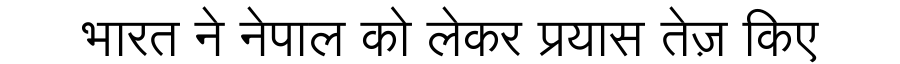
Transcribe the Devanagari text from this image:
भारत ने नेपाल को लेकर प्रयास तेज़ किए